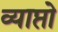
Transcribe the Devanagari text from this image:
व्याप्तो